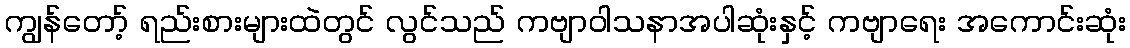
ကျွန်တော့် ရည်းစားများထဲတွင် လွင်သည် ကဗျာဝါသနာအပါဆုံးနှင့် ကဗျာရေး အကောင်းဆုံး